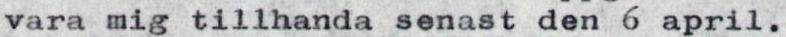
vara mig tillhanda senast den 6 april.